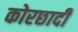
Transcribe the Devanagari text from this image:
कोरछादी